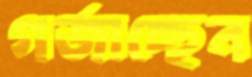
গর্‌জাচ্ছেন